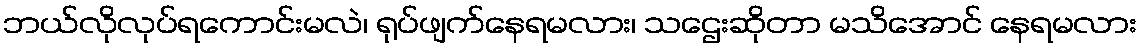
ဘယ်လိုလုပ်ရကောင်းမလဲ၊ ရုပ်ဖျက်နေရမလား၊ သဌေးဆိုတာ မသိအောင် နေရမလား